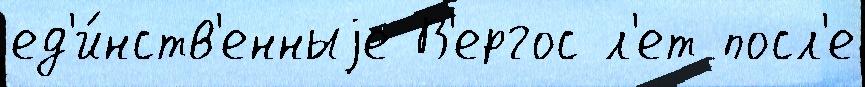
ед'и́нств'енныjе В'ергос л'ет посл'е